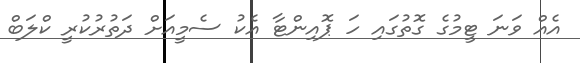
އެއް ވަނަ ޓީމުގެ ގޮތުގައި ހަ ޕޮއިންޓާ އެކު ސެމީއަށް ދަތުރުކުރީ ކްލަބް